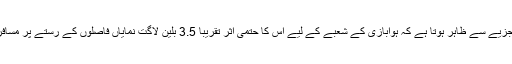
ای ٹی ایس حسابات کے عمل کی بابت او اے جی کے تجزیے سے ظاہر ہوتا ہے کہ ہوابازی کے شعبے کے لیے اس کا حتمی اثر تقریباً 3.5 بلین لاگت نمایاں فاصلوں کے رستے پر مسافروں کے کرائے میں 5.2 فیصد تک اضافہ ہو سکتا ہے۔